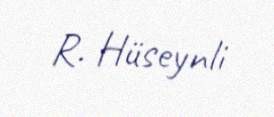
R. Hüseynli